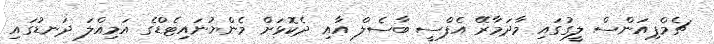
ޗެމްޕިއަންސް ލީގުގައި މާދަމާރޭ އެފްސީ ބާސެލް އާއި ދެކޮޅަށް މެންޔުނައިޓެޑްގެ އަމިއްލަ ދަނޑުގައި